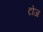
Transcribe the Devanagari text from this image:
टोज